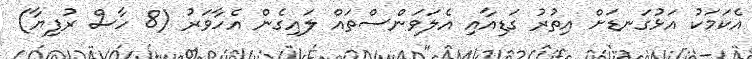
އެކަމަކު އަޅުގަނޑަށް އިތުރު ގަޑިއާއި އެލަވަންސްތައް ލައިގެން އެހާވަރު (8 ހާސް ރުފިޔާ)